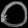
Digit: ၀